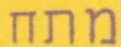
מתח